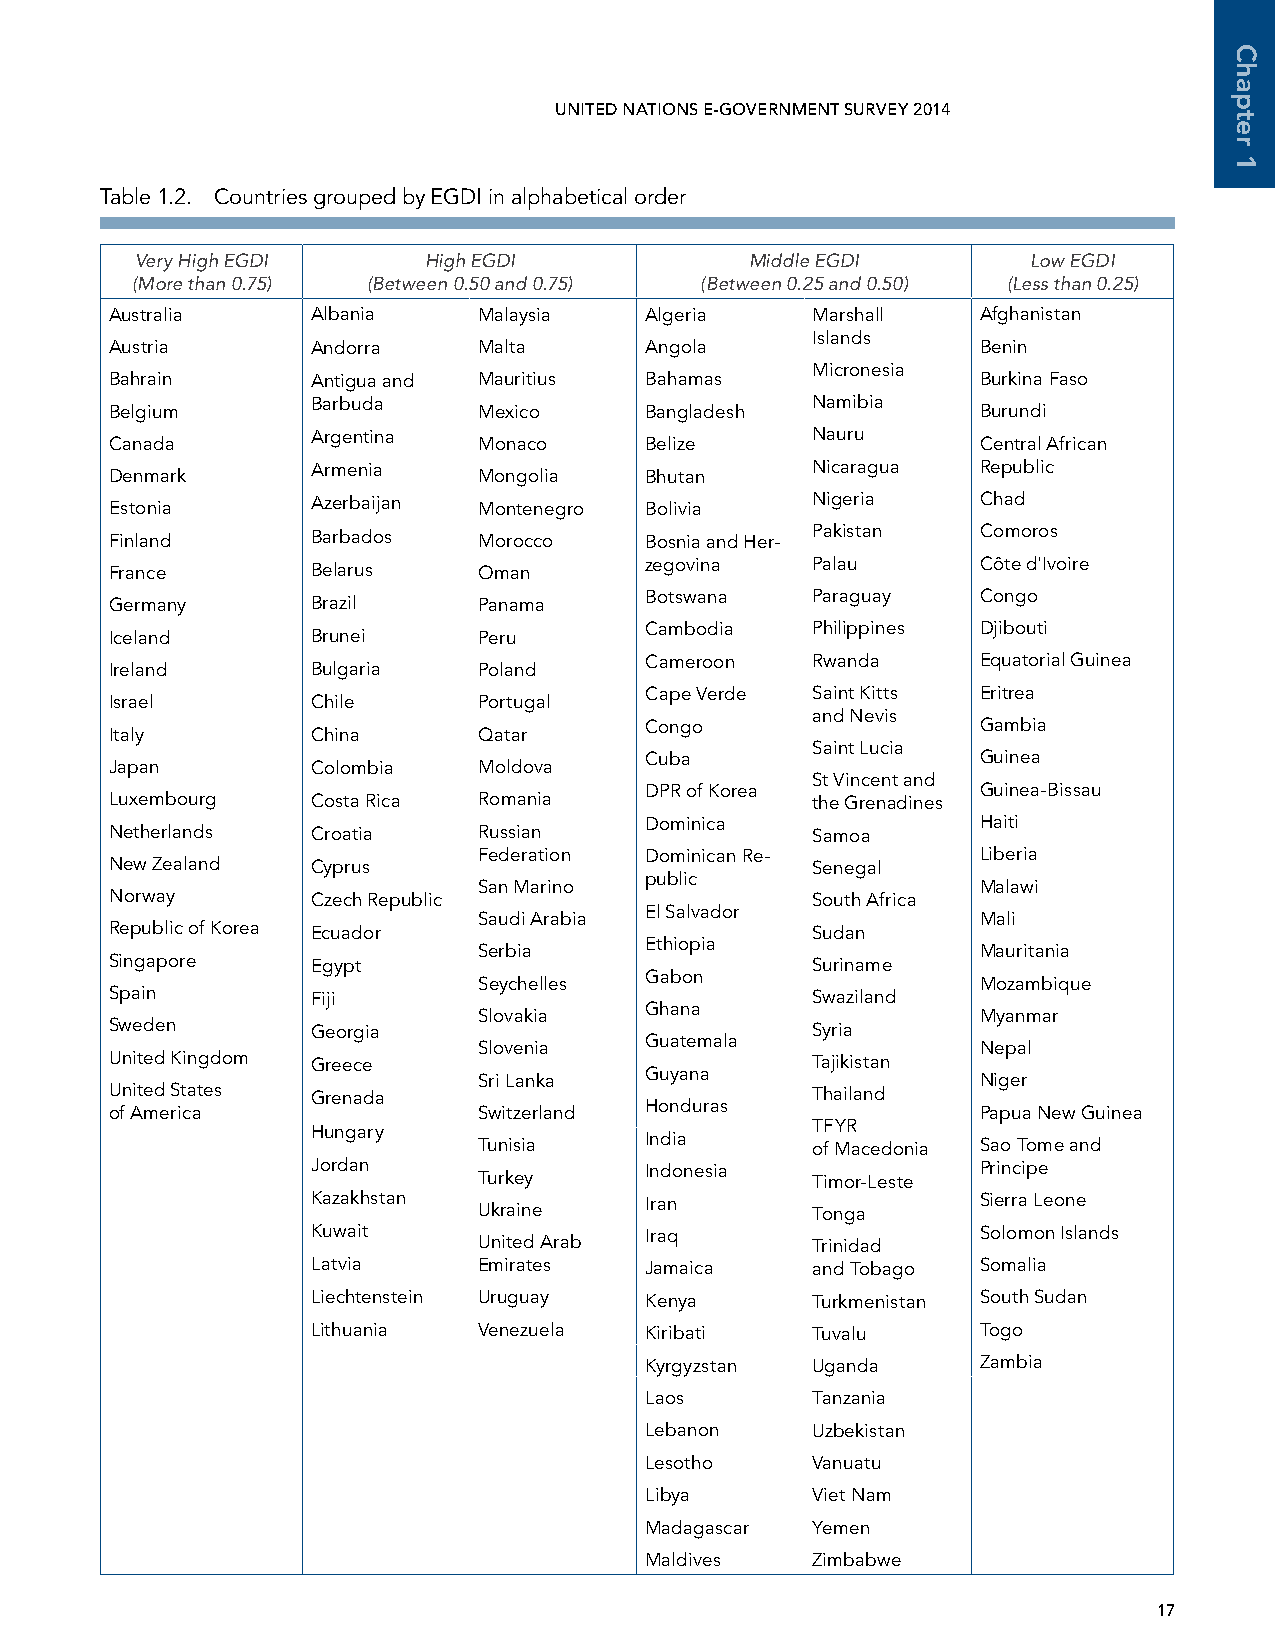
UNITED NATIONS E-GOVERNMENT SURVEY 2014
 Table 1.2. Countries grouped by EGDI in alphabetical order
 Very High EGDI     High EGDI             Middle EGDI       Low EGDI
 (More than 0.75) (Between 0.50 and 0.75) (Between 0.25 and 0.50) (Less than 0.25)
 Australia     Albania    Malaysia   Algeria    Marshall   Afghanistan
 Islands
 Austria       Andorra    Malta      Angola                Benin
 Micronesia
 Bahrain       Antigua and Mauritius Bahamas               Burkina Faso
 Barbuda                          Namibia
 Belgium                  Mexico     Bangladesh            Burundi
 Argentina                        Nauru
 Canada                   Monaco     Belize                Central African
 Denmark       Armenia    Mongolia   Bhutan     Nicaragua  Republic
 Estonia       Azerbaijan Montenegro Bolivia    Nigeria    Chad
 Finland       Barbados   Morocco    Bosnia and Her- Pakistan Comoros
 France        Belarus    Oman       zegovina   Palau      Côte d'Ivoire
 Germany       Brazil     Panama     Botswana   Paraguay   Congo
 Cambodia   Philippines Djibouti
 Iceland       Brunei     Peru
 Cameroon   Rwanda     Equatorial Guinea
 Ireland       Bulgaria   Poland
 Cape Verde Saint Kitts Eritrea
 Israel        Chile      Portugal
 and Nevis
 Congo                 Gambia
 Italy         China      Qatar
 Saint Lucia
 Cuba                  Guinea
 Japan         Colombia   Moldova
 St Vincent and
 DPR of Korea          Guinea-Bissau
 Luxembourg    Costa Rica Romania               the Grenadines
 Dominica              Haiti
 Netherlands   Croatia    Russian               Samoa
 Federation Dominican Re-         Liberia
 New Zealand   Cyprus                           Senegal
 public
 San Marino                       Malawi
 Norway        Czech Republic                   South Africa
 El Salvador
 Saudi Arabia                     Mali
 Republic of Korea Ecuador                      Sudan
 Ethiopia
 Serbia                           Mauritania
 Singapore     Egypt                            Suriname
 Gabon
 Seychelles                       Mozambique
 Spain         Fiji                             Swaziland
 Ghana
 Slovakia                         Myanmar
 Sweden        Georgia                          Syria
 Guatemala
 Slovenia                         Nepal
 United Kingdom Greece                          Tajikistan
 Guyana
 Sri Lanka                        Niger
 United States Grenada                          Thailand
 Honduras
 of America               Switzerland                      Papua New Guinea
 Hungary                          TFYR
 India
 Tunisia               of Macedonia Sao Tome and
 Jordan                Indonesia             Principe
 Turkey                Timor-Leste
 Kazakhstan            Iran                  Sierra Leone
 Ukraine               Tonga
 Kuwait     United Arab Iraq      Trinidad   Solomon Islands
 Latvia     Emirates   Jamaica    and Tobago Somalia
 Liechtenstein Uruguay Kenya      Turkmenistan South Sudan
 Lithuania  Venezuela  Kiribati   Tuvalu     Togo
 Kyrgyzstan Uganda     Zambia
 Laos       Tanzania
 Lebanon    Uzbekistan
 Lesotho    Vanuatu
 Libya      Viet Nam
 Madagascar Yemen
 Maldives   Zimbabwe
 17
 Chapter
 1